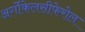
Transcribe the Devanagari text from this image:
अर्गोकेलसीफेरोल